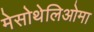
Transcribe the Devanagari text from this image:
मेसोथेलिओमा